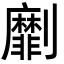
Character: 劘